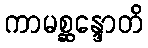
ကာမစ္ဆန္ဒောတိ